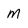
Character: M